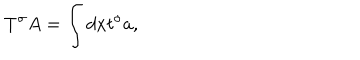
LaTeX: T ^ { \sigma } A = \int d x t ^ { \sigma } a ,